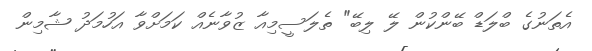
އެތަނުގެ ބްލަޑް ބޭންކުން ލޭ ލިބޭ" ތެލަސީމިއާ ޒުވާނެއް ކަމަށްވާ އަހުމަދު ޝާމިން